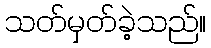
သတ်မှတ်ခဲ့သည်။